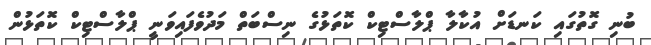
ބުނި ގޮތުގައި ކަނޑަށް އުކާލާ ޕްލާސްޓިކް ކޮތަޅުގެ ނިސްބަތް މަދުވެފައިވަނީ ޕްލާސްޓިކް ކޮތަޅުން